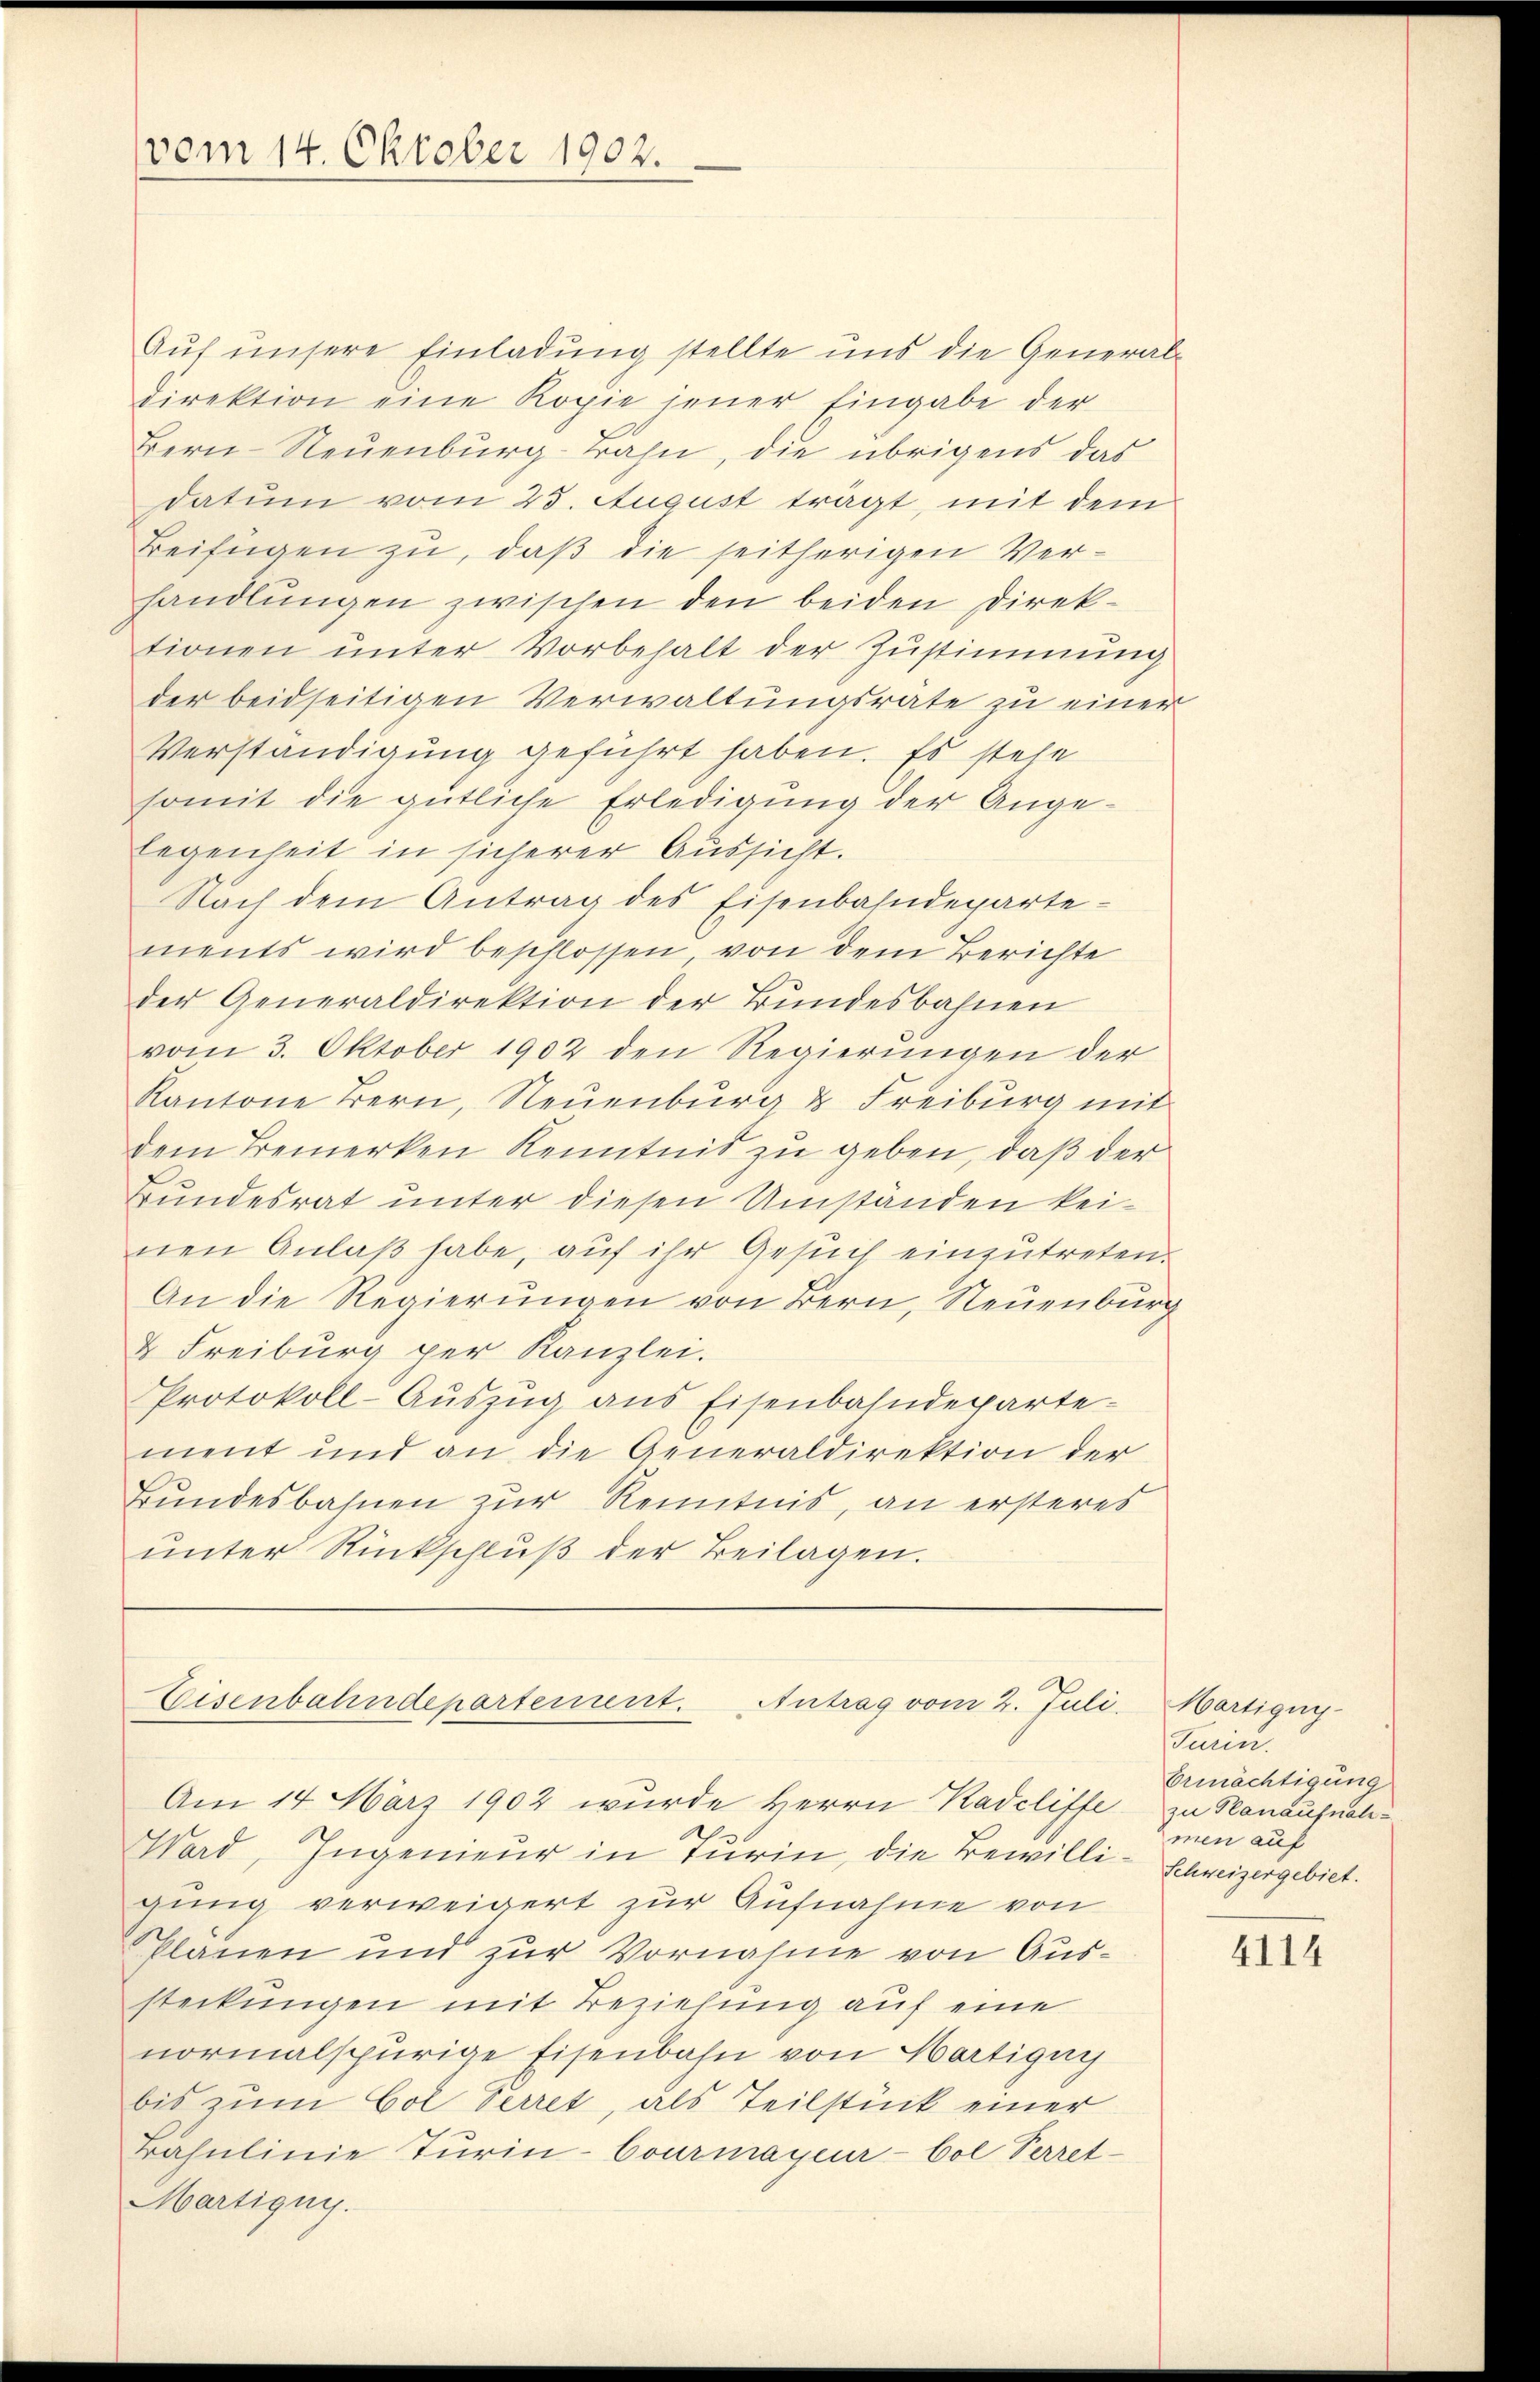
vom 14. Oktober 1902.

Aŭf unsere Einladŭng stellte uns die General-
direktion eine Kopie jener Eingabe der
Bern-Neuenburg-Bahn, die übrigens das
datum vom 25. August trägt, mit dem
Beifügen zu, daß die seitherigen Verhandlŭngen zwischen den beiden Direktionen unter Vorbehalt der Zustimmung
der beidseitigen Verwaltungsrate zu einer
Verständigung geführt haben. Es stehe
somit die gütliche Erledigung der Angelegenheit in sicherer Aussicht.
Nach dem Antrag des Eisenbahndeparte-
ments wird beschlossen von dem Berichte
der Generaldirektion der Bundesbahnen
vom 3. Oktober 1902 den Regierungen der
Kantone Bern, Neuenburg & Freiburg mit
dem Bemerken Kenntnis zu geben, daß der
Bundesrat unter diesen Umständen keinen Anlaß habe, auf ihr Gesuch einzutreten.
An die Regierungen von Bern, Neuenburg
& Freiburg per Kanzlei.
Protokoll-Auszug aus Eisenbahndepartement und an die Generaldirektion der
Bundesbahnen zur Kenntnis, an ersteres
ŭnter Rückschlŭβ der Beilagen.

Eisenbahndepartement. Antrag vom 2. Juli.
Am 14. März 1902 wurde Herrn Kadeliffe

Ward, Ingenieur in Turin, die Bewilli-Schweizergebiet.
gung verweigert zur Aufnahme von
Planen und zur Vornahme von Aussteckungen mit Beziehung auf eine
normalspurige Eisenbahn von Martigny
bis zum Col Verret, als Teilstück einer
Bahnlinie Turin-Courmayeur-Col Verret¬
Martigny.

Martigny-
Turin.
Ermächtigung
zu Planaufnahmen auf

4114